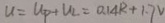
u = U _ { p } + U _ { 2 } = 0 . 1 4 R + 1 . 7 V